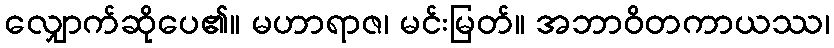
လျှောက်ဆိုပေ၏။ မဟာရာဇ၊ မင်းမြတ်။ အဘာဝိတကာယဿ၊